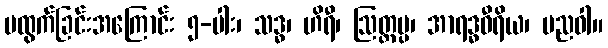
မထွက်ခြင်းအကြောင်း ၅-ပါး၊ သဒ္ဓ၊ ဟိရီ၊ ဩတ္တပ္ပ၊ အာရဒ္ဓဝီရိယ၊ ပညဝါ။